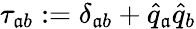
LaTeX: \tau_{\mathfrak{a}b}:=\delta_{\mathfrak{a}b}+\widehat{{q}}_{\mathfrak{a}}\widehat{{q}}_{b}